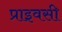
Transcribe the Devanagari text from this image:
प्राइवसी